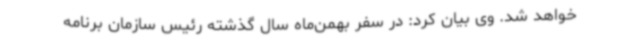
خواهد شد. وی بیان کرد: در سفر بهمن‌ماه سال گذشته رئیس سازمان برنامه